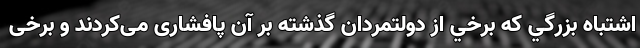
اشتباه بزرگي كه برخي از دولتمردان گذشته بر آن پافشاری می‌کردند و برخی